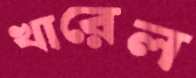
খারেল